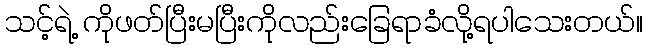
သင့်ရဲ့ ကိုဖတ်ပြီးမပြီးကိုလည်းခြေရာခံလို့ရပါသေးတယ်။